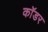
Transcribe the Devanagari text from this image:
कॉडर